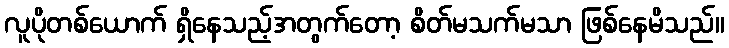
လူပိုတစ်ယောက် ရှိနေသည့်အတွက်တော့ စိတ်မသက်မသာ ဖြစ်နေမိသည်။